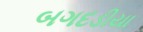
બગદડીયા